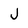
Character: J